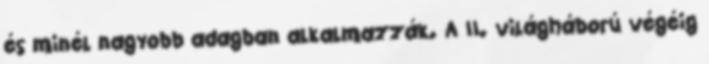
és minél nagyobb adagban alkalmazzák. A II. világháború végéig